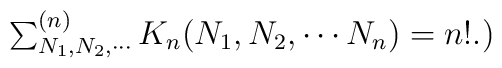
\mbox{$\sum_{N_1,N_2,\cdots}^{(n)}$}\, K_n(N_1,N_2,\cdots N_n)=n!.\mbox{)}